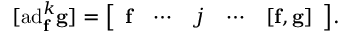
[ \mathrm { a d } _ { \mathbf { f } } ^ { k } \mathbf { \mathbf { g } } ] = { \left[ \begin{array} { l l l l l } { \mathbf { f } } & { \cdots } & { j } & { \cdots } & { \mathbf { [ \mathbf { f } , \mathbf { g } ] } } \end{array} \right] } .